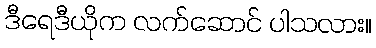
ဒီရေဒီယိုက လက်ဆောင် ပါသလား။